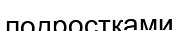
подростками